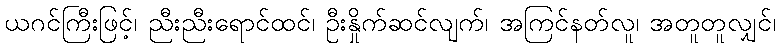
ယဂင်ကြီးဖြင့်၊ ညီးညီးရောင်ထင်၊ ဦးနှိုက်ဆင်လျက်၊ အကြင်နတ်လူ၊ အတူတူလျှင်၊